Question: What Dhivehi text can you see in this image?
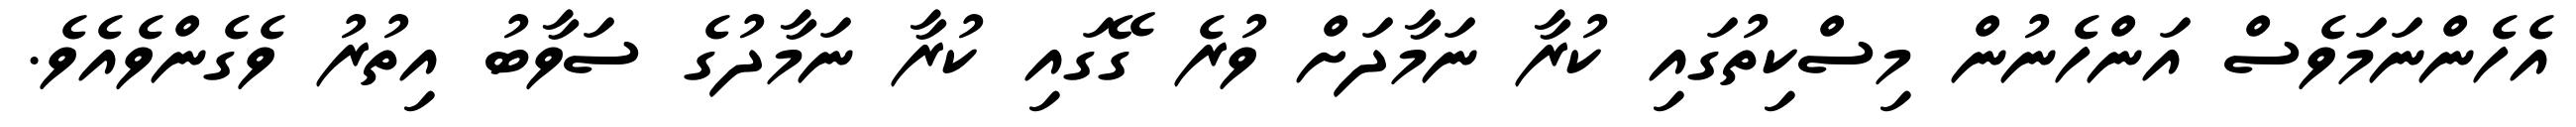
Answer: އެހެންނަމަވެސް އަންހެނުން މިސްކިތުގައި ކުރާ ނަމާދަށް ވުރެ ގޭގައި ކުރާ ނަމާދުގެ ސަވާބު އިތުރު ވެގެންވެއެވެ.